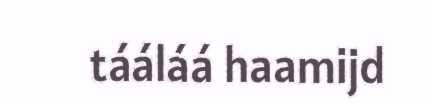
tááláá haamijd